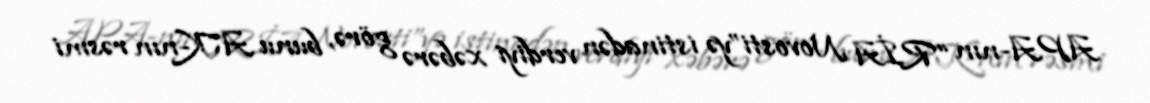
APA-nın “RİA Novosti”yə istinadən verdiyi xəbərə görə, bunu AK-nın rəsmi